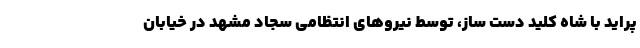
پراید با شاه کلید دست ساز، توسط نیرو‌های انتظامی سجاد مشهد در خیابان